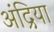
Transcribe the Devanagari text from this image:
अंद्रिया